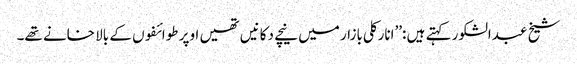
شیخ عبدالشکور کہتے ہیں :’’انارکلی بازار میں نیچے دکانیں تھیں اوپر طوائفوں کے بالا خانے تھے۔